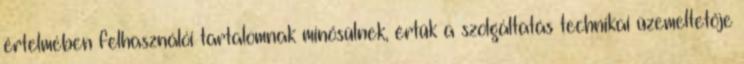
értelmében felhasználói tartalomnak minősülnek, értük a szolgáltatás technikai üzemeltetője